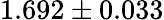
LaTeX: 1.692\pm 0.033